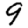
Digit: 9